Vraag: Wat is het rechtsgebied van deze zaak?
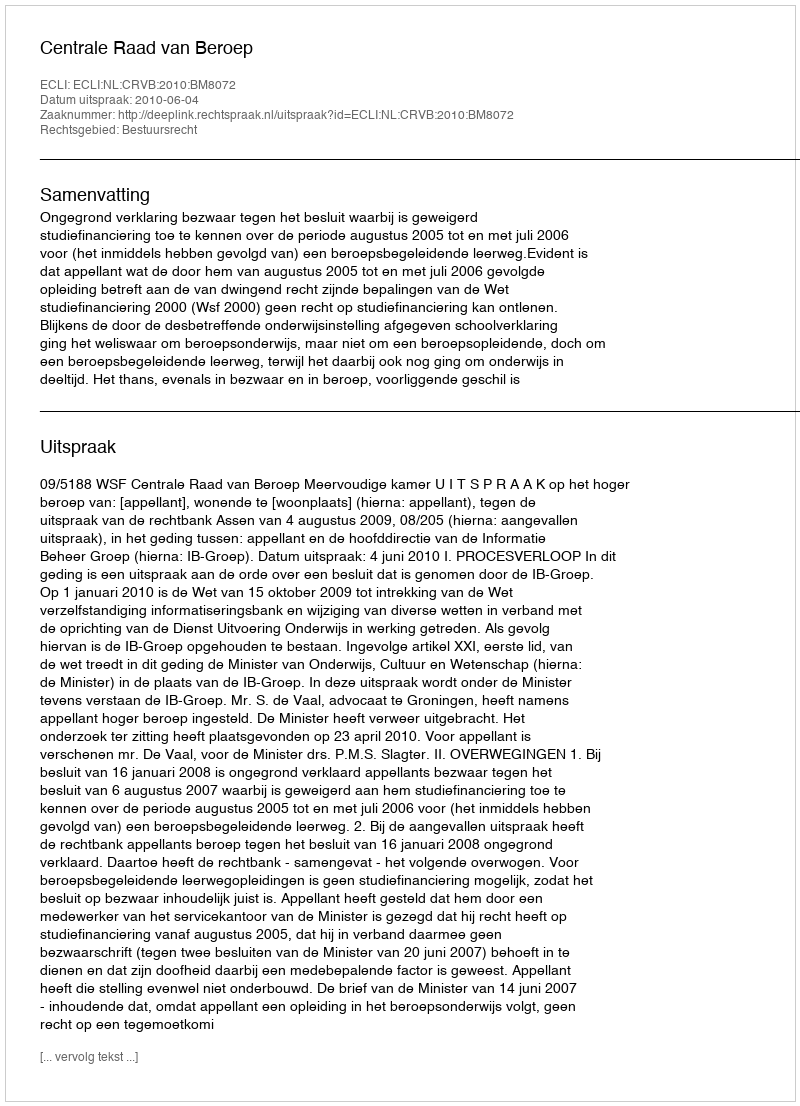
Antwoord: Bestuursrecht